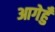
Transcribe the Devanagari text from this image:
आगेहुँ